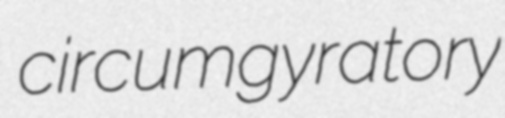
circumgyratory